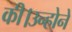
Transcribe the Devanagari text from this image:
की।उन्होने